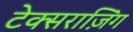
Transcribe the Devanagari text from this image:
टेक्सराज़िंग